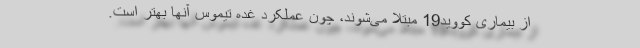
از بیماری کووید19 مبتلا می‌شوند، چون عملکرد غده تیموس آنها بهتر است.